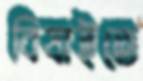
বিষাইতে